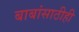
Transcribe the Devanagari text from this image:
बाबांसाठीही